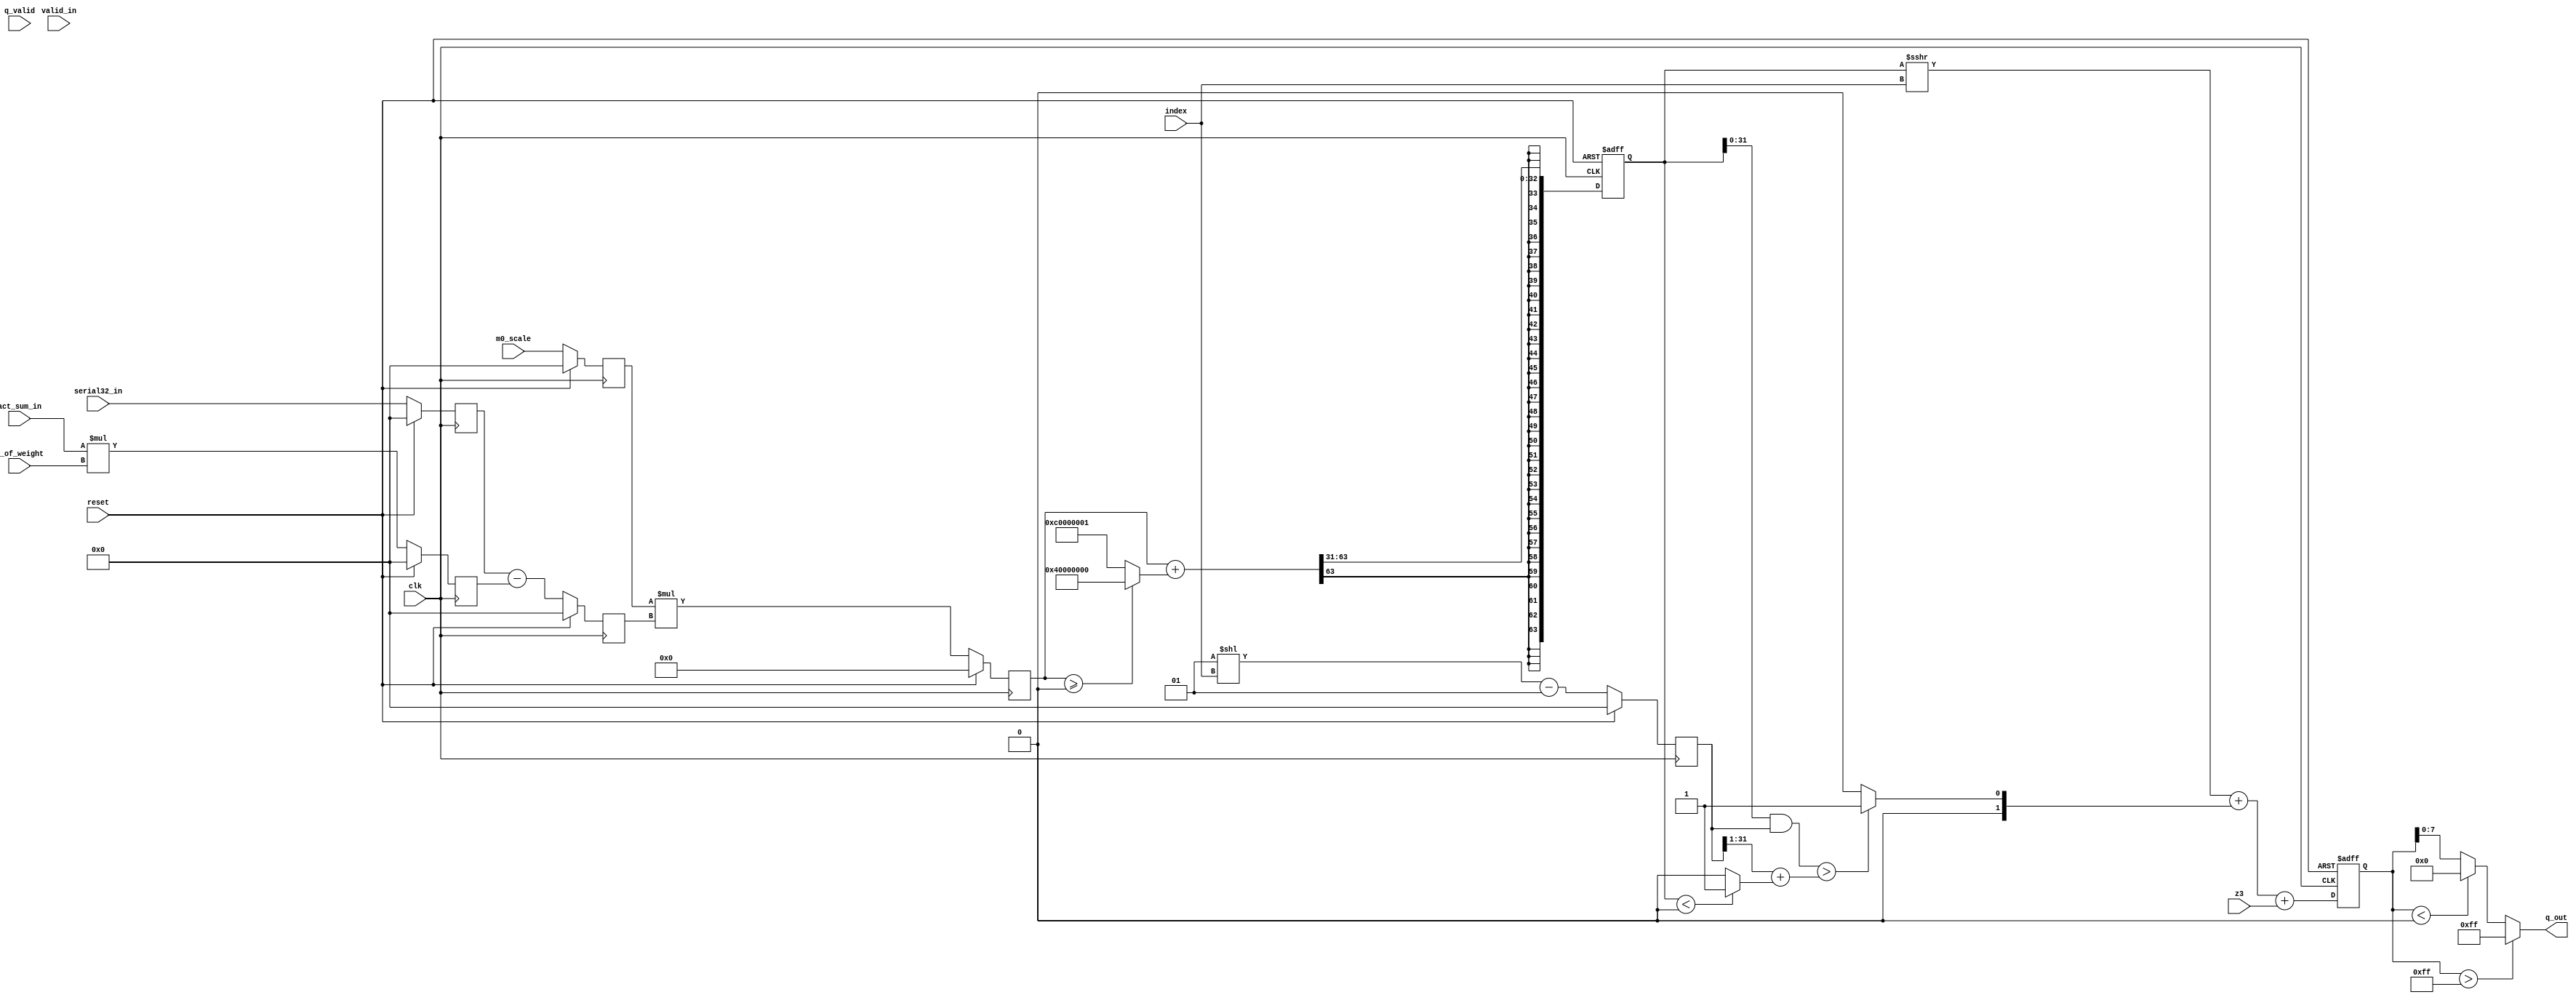
//========================================================================================================//
// Designer : Yi_Yuan Chen
// Create   : 2022.09.19
// Ver      : 1.0
// Func     : re-quantize the 32bits MAC+Bias result to uint8 anwser 
// 		take 32bits data per clk when valid_in = 1 from ru_get.v module .
//========================================================================================================//

module quan2uint8 (
	clk,
	reset,
	valid_in,
	serial32_in,
	act_sum_in,
	m0_scale,
	index,
	z_of_weight,
	z3,
	q_out,
	q_valid,
);



input wire				clk			;
input wire				reset		;
input wire				valid_in	;
input wire				q_valid		;
input wire  [ 31: 0 ]	serial32_in	;	// ifm x ker + bias
input wire  [ 31: 0 ]	act_sum_in	;	// ifm
input wire  [ 31: 0 ]	m0_scale	;	// m0
input wire  [ 7 : 0 ]	index		;
input wire	[ 15: 0 ]	z_of_weight	;	// zw
input wire	[ 7 : 0 ]	z3			;	// zero weight 

output reg [  7: 0 ] q_out;





// wire   [31:0] mask;
wire   [31:0] act_zofw;
wire  signed [31:0] before_m0;
wire  signed [63:0] after_m0;
wire  signed [31:0] neg_result;
wire   [31:0] maskiflessthan;
wire   [31:0] threshold;
wire   [31:0] remainder;
wire  signed [31:0] maskifgreaterthan;
wire  signed [31:0] m_move_rounding;


reg signed [ 31: 0 ] act_zofw_reg ;
reg signed [ 31: 0 ] serial32_reg ;
reg signed [ 63: 0 ] saturatingrounding ;
reg signed [ 31: 0 ] bfm0_reg ;
reg signed [ 63: 0 ] after_m0_reg ;
reg signed [ 31: 0 ] m0_scale_reg ;
reg signed [ 31: 0 ] mask_index ;
reg signed [ 31: 0 ] add_z3;


// reg mutipl_M_valid;
// reg saturatingrounding_valid;
// output reg q3_valid;




assign act_zofw 	  	 = act_sum_in * z_of_weight ;	  				 // ifm x zw
assign before_m0 	  	 = serial32_reg - act_zofw_reg ; 				 // ifm x ker + bias - ifm x zw = conv
assign after_m0		  	 = m0_scale_reg * bfm0_reg ;		  				 // conv x m0  	
assign neg_result	  	 = (after_m0_reg >= 0) ? (1<<30) : (1-(1<<30));  // nudge
assign maskiflessthan 	 = (saturatingrounding<0) ? 1 : 0; 			     // maskless
assign remainder 	  	 = saturatingrounding&mask_index;
assign threshold	  	 = (mask_index>>1) + (maskiflessthan & 1);		 // threshold
assign maskifgreaterthan = (remainder>threshold)?1:0;
assign m_move_rounding	 = (saturatingrounding>>>index)+(maskifgreaterthan&1);



always@( posedge clk )begin
	if( reset )begin
		m0_scale_reg <= 'd0 ;
	end
	else begin
		m0_scale_reg <= m0_scale ;
	end
end

always@( posedge clk )begin
	if( reset )begin
		act_zofw_reg <= 'd0 ;
	end
	else begin
		act_zofw_reg <= act_zofw ;
	end
end

always@( posedge clk )begin
	if( reset )begin
		serial32_reg <= 'd0 ;
	end
	else begin
		serial32_reg <= serial32_in ;
	end
end

always@( posedge clk )begin
	if( reset )begin
		bfm0_reg <= 'd0 ;
	end
	else begin
		bfm0_reg <= before_m0 ;
	end
end

always@( posedge clk )begin
	if( reset )begin
		after_m0_reg <= 'd0 ;
	end
	else begin
		after_m0_reg <= after_m0 ;
	end
end
// saruratingrounding shift 31bit
always@( posedge clk or posedge reset ) begin
    if(reset) saturatingrounding <= 0 ;
    else      saturatingrounding <= ( after_m0_reg + neg_result ) >>> 31;
end

// mask
always@( posedge clk )begin
	if(reset) 	mask_index <= 0;
	else 		mask_index <= (1<<index)-1;
end
//assign add_z3 = m_move_rounding+z3;
always@(posedge clk or posedge reset) begin
    if(reset) add_z3<=0;
    else      add_z3<= m_move_rounding+z3;
end

always@(*)
begin
    if(add_z3>255)     q_out =     	   255;
    else if (add_z3<0) q_out =       	 0;
    else               q_out = add_z3[7:0];
end


endmodule